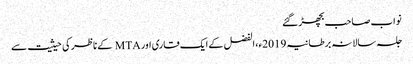
نواب صاحب بچھڑ گئے
جلسہ سالانہ برطانیہ 2019ء، الفضل کے ایک قاری اور MTA کے ناظر کی حیثیت سے